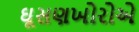
ઘૂસણખોરોએ